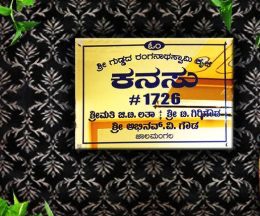
Language: kannada
Transcription: ಗಿರಿ ಗೌಡ ಕನಸು ಶ್ರೀಮತಿ ಬಿ.ಟಿ. ಲತಾ